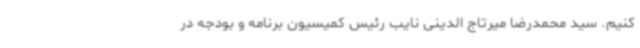
کنیم. سید محمدرضا میرتاج الدینی نایب رئیس کمیسیون برنامه و بودجه در